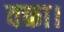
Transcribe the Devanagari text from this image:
वक्ता।